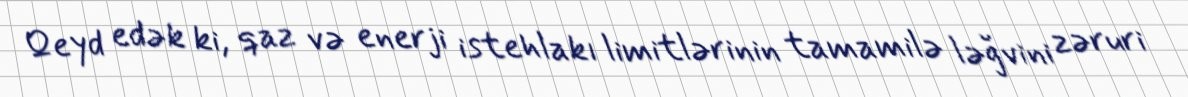
Qeyd edək ki, qaz və enerji istehlakı limitlərinin tamamilə ləğvini zəruri